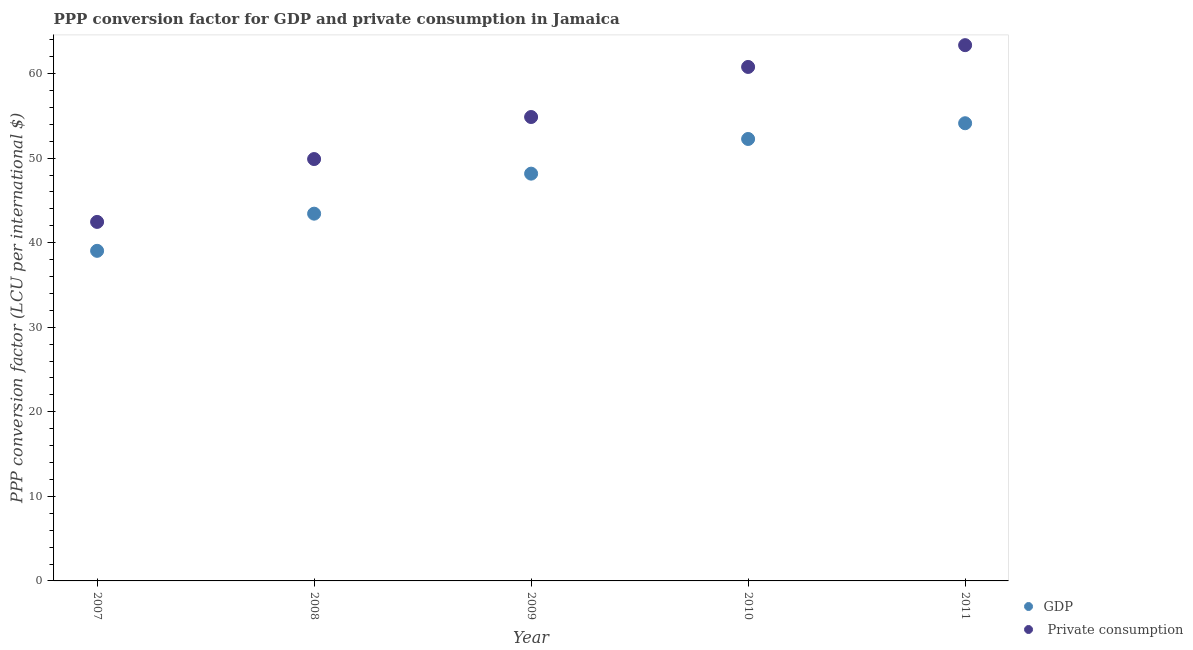
| Year | GDP |  Private consumption |
 | --- | --- | --- |
 | 2007 | 39 | 42.5 |
 | 2008 | 43.4 | 49.9 |
 | 2009 | 48.2 | 54.9 |
 | 2010 | 52.3 | 60.8 |
 | 2011 | 54.1 | 63.4 |